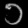
Digit: ၁